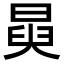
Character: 𭦺